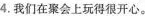
4.我们在聚会上玩得很开心。